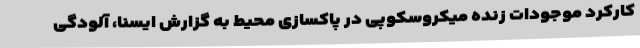
کارکرد موجودات زنده میکروسکوپی در پاکسازی محیط به گزارش ایسنا، آلودگی